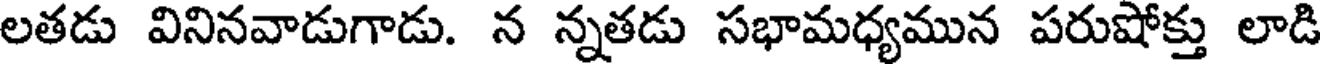
లతడు వినినవాడుగాడు. న న్నతడు సభామధ్యమున పరుషోక్తు లాడి